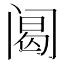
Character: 𰿴